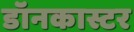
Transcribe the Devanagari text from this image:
डॉनकास्टर